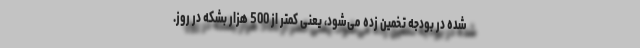
شده در بودجه تخمین زده می‌شود، یعنی کمتر از 500 هزار بشکه در روز.